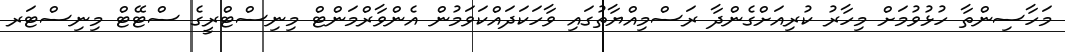
މަހާސިންތާ ހުޅުވުމަށް މިހާރު ކުރިއަށްގެންދާ ރަސްމިއްޔާތުގައި ވާހަކަދައްކަވަމުން އެންވާރްމަންޓް މިނިސްޓްރީގެ ސްޓޭޓް މިނިސްޓަރ